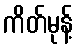
ကိတ်မုန့်